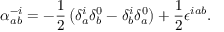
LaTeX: \alpha _ { a b } ^ { - i } = - \frac { 1 } { 2 } \left( \delta _ { a } ^ { i } \delta _ { b } ^ { 0 } - \delta _ { b } ^ { i } \delta _ { a } ^ { 0 } \right) + \frac { 1 } { 2 } \epsilon ^ { i a b } .